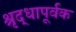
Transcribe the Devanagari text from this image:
श्रृद्धापूर्वक